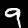
Label: 9